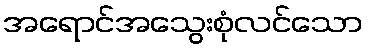
အရောင်အသွေးစုံလင်သော